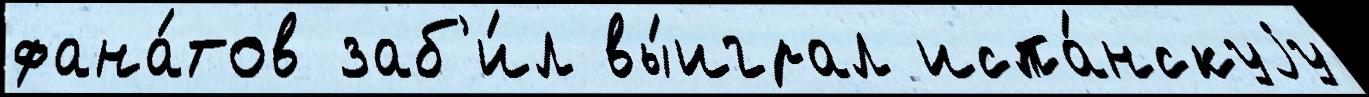
фана́тов заб'и́л вы́играл испа́нскуjу